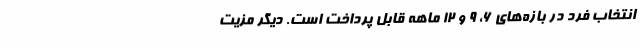
انتخاب فرد در بازه‌های 6، 9 و 12 ماهه قابل پرداخت است. دیگر مزیت